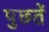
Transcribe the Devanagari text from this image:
पुछतें